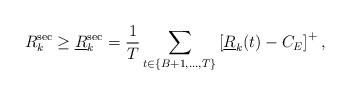
LaTeX: \begin{align*}{R}^{\rm sec}_k \geq \underline{R}^{\rm sec}_k =\frac{1}{T} \sum_{t \in \{B+1,\ldots,T\}} \left[\underline{R}_k(t)-C_E\right]^+,\end{align*}